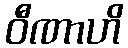
ဝီဏာဟိ